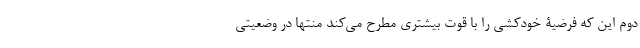
دوم این که فرضیۀ خودکشی را با قوت بیشتری مطرح می‌کند منتها در وضعیتی